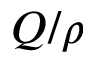
Q / \rho